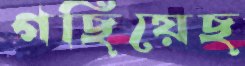
গছিয়েছ